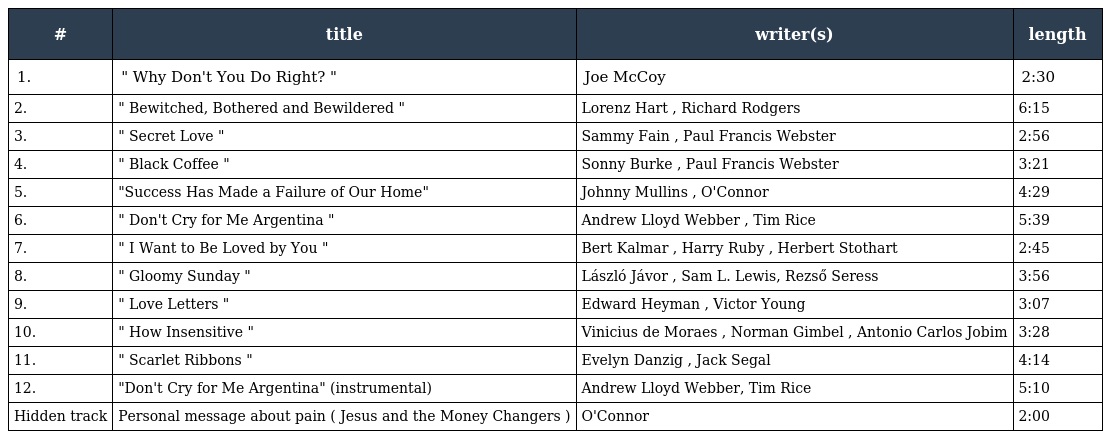
| # | title | writer(s) | length |
 | --- | --- | --- | --- |
 | 1. | " Why Don't You Do Right? " | Joe McCoy | 2:30 |
 | 2. | " Bewitched, Bothered and Bewildered " | Lorenz Hart , Richard Rodgers | 6:15 |
 | 3. | " Secret Love " | Sammy Fain , Paul Francis Webster | 2:56 |
 | 4. | " Black Coffee " | Sonny Burke , Paul Francis Webster | 3:21 |
 | 5. | "Success Has Made a Failure of Our Home" | Johnny Mullins , O'Connor | 4:29 |
 | 6. | " Don't Cry for Me Argentina " | Andrew Lloyd Webber , Tim Rice | 5:39 |
 | 7. | " I Want to Be Loved by You " | Bert Kalmar , Harry Ruby , Herbert Stothart | 2:45 |
 | 8. | " Gloomy Sunday " | László Jávor , Sam L. Lewis, Rezső Seress | 3:56 |
 | 9. | " Love Letters " | Edward Heyman , Victor Young | 3:07 |
 | 10. | " How Insensitive " | Vinicius de Moraes , Norman Gimbel , Antonio Carlos Jobim | 3:28 |
 | 11. | " Scarlet Ribbons " | Evelyn Danzig , Jack Segal | 4:14 |
 | 12. | "Don't Cry for Me Argentina" (instrumental) | Andrew Lloyd Webber, Tim Rice | 5:10 |
 | Hidden track | Personal message about pain ( Jesus and the Money Changers ) | O'Connor | 2:00 |